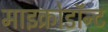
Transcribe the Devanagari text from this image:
माइक्रोडॉन्ट